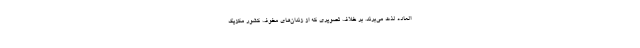
العاده لذت می‌برند. بر خلاف تصویری که از زندان‌های مخوف کشور مکزیک